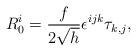
LaTeX: \begin{align*}R^i_0=\frac{f}{2\sqrt{h}}\epsilon^{ijk}\tau_{k,j},\end{align*}